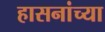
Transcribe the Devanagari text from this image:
हासनांच्या